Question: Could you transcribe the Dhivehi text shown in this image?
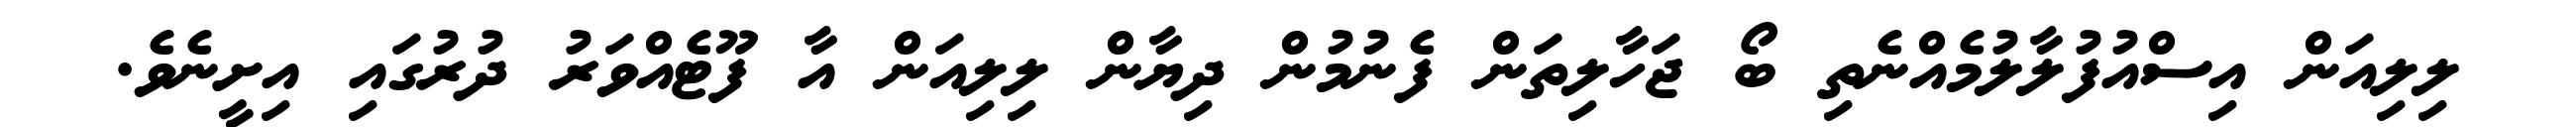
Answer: ލިލިއަން އިސްއުފުލާލުމެއްނެތި ބޯ ޖަހާލިތަން ފެނުމުން ދިޔާން ލިލިއަން އާ ފޫޓެއްވަރު ދުރުގައި އިށީނެވެ.